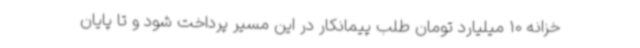
خزانه 10 میلیارد تومان طلب پیمانکار در این مسیر پرداخت شود و تا پایان